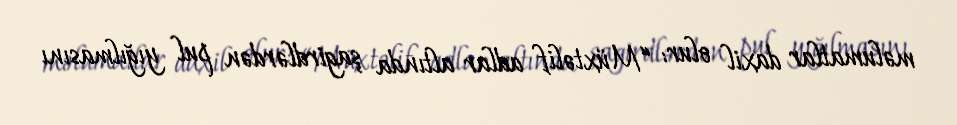
məlumatlar daxil olur: “Müxtəlif adlar altında şagirdlərdən pul yığılmasını